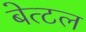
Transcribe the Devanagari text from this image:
बेत्टल